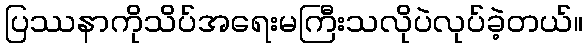
ပြဿနာကိုသိပ်အရေးမကြီးသလိုပဲလုပ်ခဲ့တယ်။